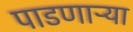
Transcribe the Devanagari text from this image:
पाडणाऱ्र्‍या